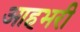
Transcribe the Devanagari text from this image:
आहभरी